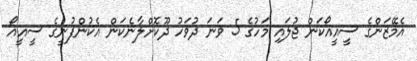
އެމޭޒަންގެ ސީއީއޯކަން ޖުލައި މަހުގެ 5 ވަނަ ދުވަހު ދޫކޮށްލާނެކަން އެކުންފުނީގެ ސީއީއޯ